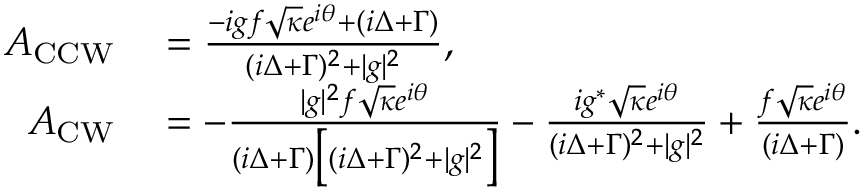
\begin{array} { r l } { A _ { \mathrm { C C W } } } & { { } = \frac { - i g f \sqrt { \kappa } e ^ { i \theta } + ( i \Delta + \Gamma ) } { ( i \Delta + \Gamma ) ^ { 2 } + | g | ^ { 2 } } , } \\ { A _ { \mathrm { C W } } } & { { } = - \frac { | g | ^ { 2 } f \sqrt { \kappa } e ^ { i \theta } } { ( i \Delta + \Gamma ) \big [ ( i \Delta + \Gamma ) ^ { 2 } + | g | ^ { 2 } \big ] } - \frac { i g ^ { * } \sqrt { \kappa } e ^ { i \theta } } { ( i \Delta + \Gamma ) ^ { 2 } + | g | ^ { 2 } } + \frac { f \sqrt { \kappa } e ^ { i \theta } } { ( i \Delta + \Gamma ) } . } \end{array}